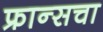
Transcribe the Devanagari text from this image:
फ्रान्‍सचा